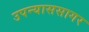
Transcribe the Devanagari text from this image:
उपन्याससागर